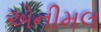
એનીમલ